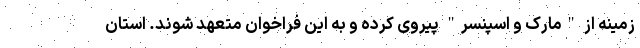
زمینه از "مارک و اسپنسر" پیروی کرده و به این فراخوان متعهد شوند. استان